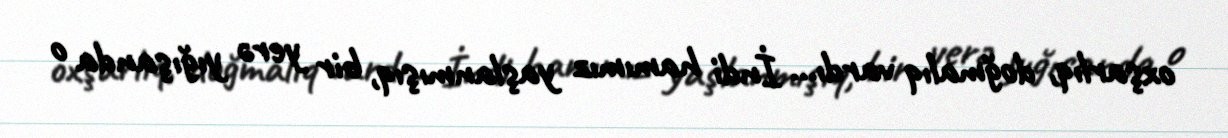
oxşarlıq, doğmalıq vardı... İndi hamımız yaşlanmışıq, bir yerə yığışanda o